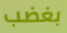
بغضب